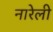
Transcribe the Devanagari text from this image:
नारेली